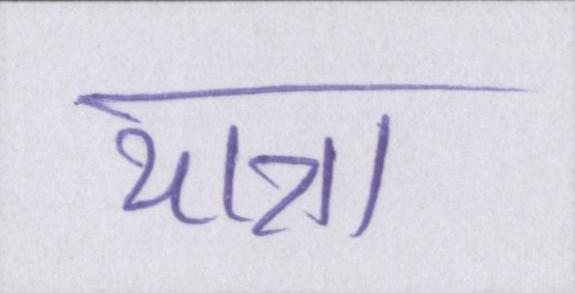
यात्रा